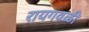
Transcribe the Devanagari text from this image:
रायगवळी